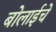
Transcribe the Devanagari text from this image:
बोलाईचे